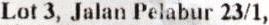
LOT 3, JALAN PELABUR 23/1,